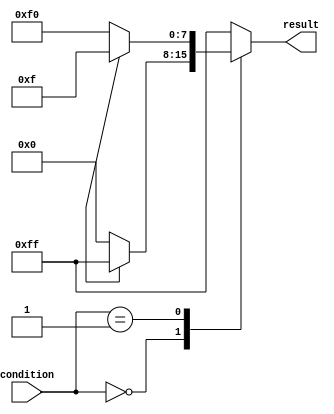
module conditional_logic (
  input [3:0] condition,
  output reg [7:0] result
);

always @(*) begin
  case (condition)
    4'b0000: begin
      if (additional_condition == 1'b0) begin
        result = 8'b00000000;
      end else begin
        result = 8'b11111111;
      end
    end
    4'b0001: begin
      if (additional_condition == 1'b0) begin
        result = 8'b11110000;
      end else begin
        result = 8'b00001111;
      end
    end
    // additional cases and if-else statements can be added here
    default: result = 8'b11111111;
  endcase
end

endmodule